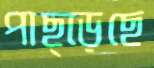
পাছ্‌ড়েছে